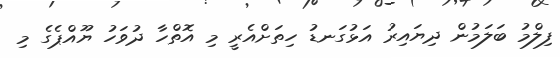
ފިލްމު ބަލަމުން ދިޔައިރު އަޅުގަނޑު ހިތަށްއެރީ މި އޮތްހާ ދުވަހު ޔޫއްޕެގެ މި